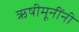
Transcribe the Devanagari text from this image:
ऋषीमूनींनी